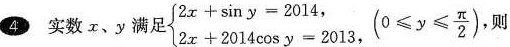
4实数x、y 满足 $$\left\ { \begin { array }{ l }